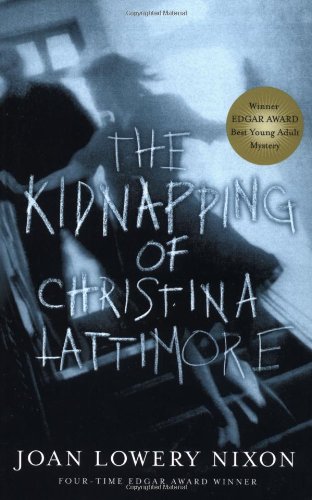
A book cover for The Kidnapping of Christina Lattimore; Joan Lowery Nixon; Teen & Young Adult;